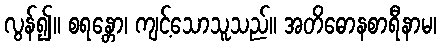
လွန်၍။ စရန္တော၊ ကျင့်သောသူသည်။ အတိဓောနစာရီနာမ၊